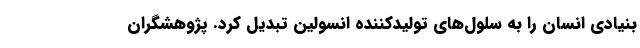
بنیادی انسان را به سلول‌های تولیدکننده انسولین تبدیل کرد. پژوهشگران